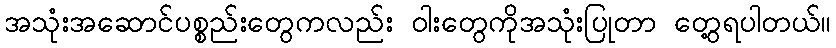
အသုံးအဆောင်ပစ္စည်းတွေကလည်း ဝါးတွေကိုအသုံးပြုတာ တွေ့ရပါတယ်။